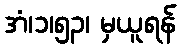
အံ၊၁၊၅၃၊ မှယူရန်